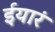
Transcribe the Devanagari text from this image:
ईयारं